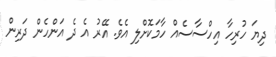
ދިޔަ ހުރިހާ އިހްސާސެއް ހާމަކޮށްލި އެވެ. އޭރު އެ ދެ އަންހެން ދަރިން